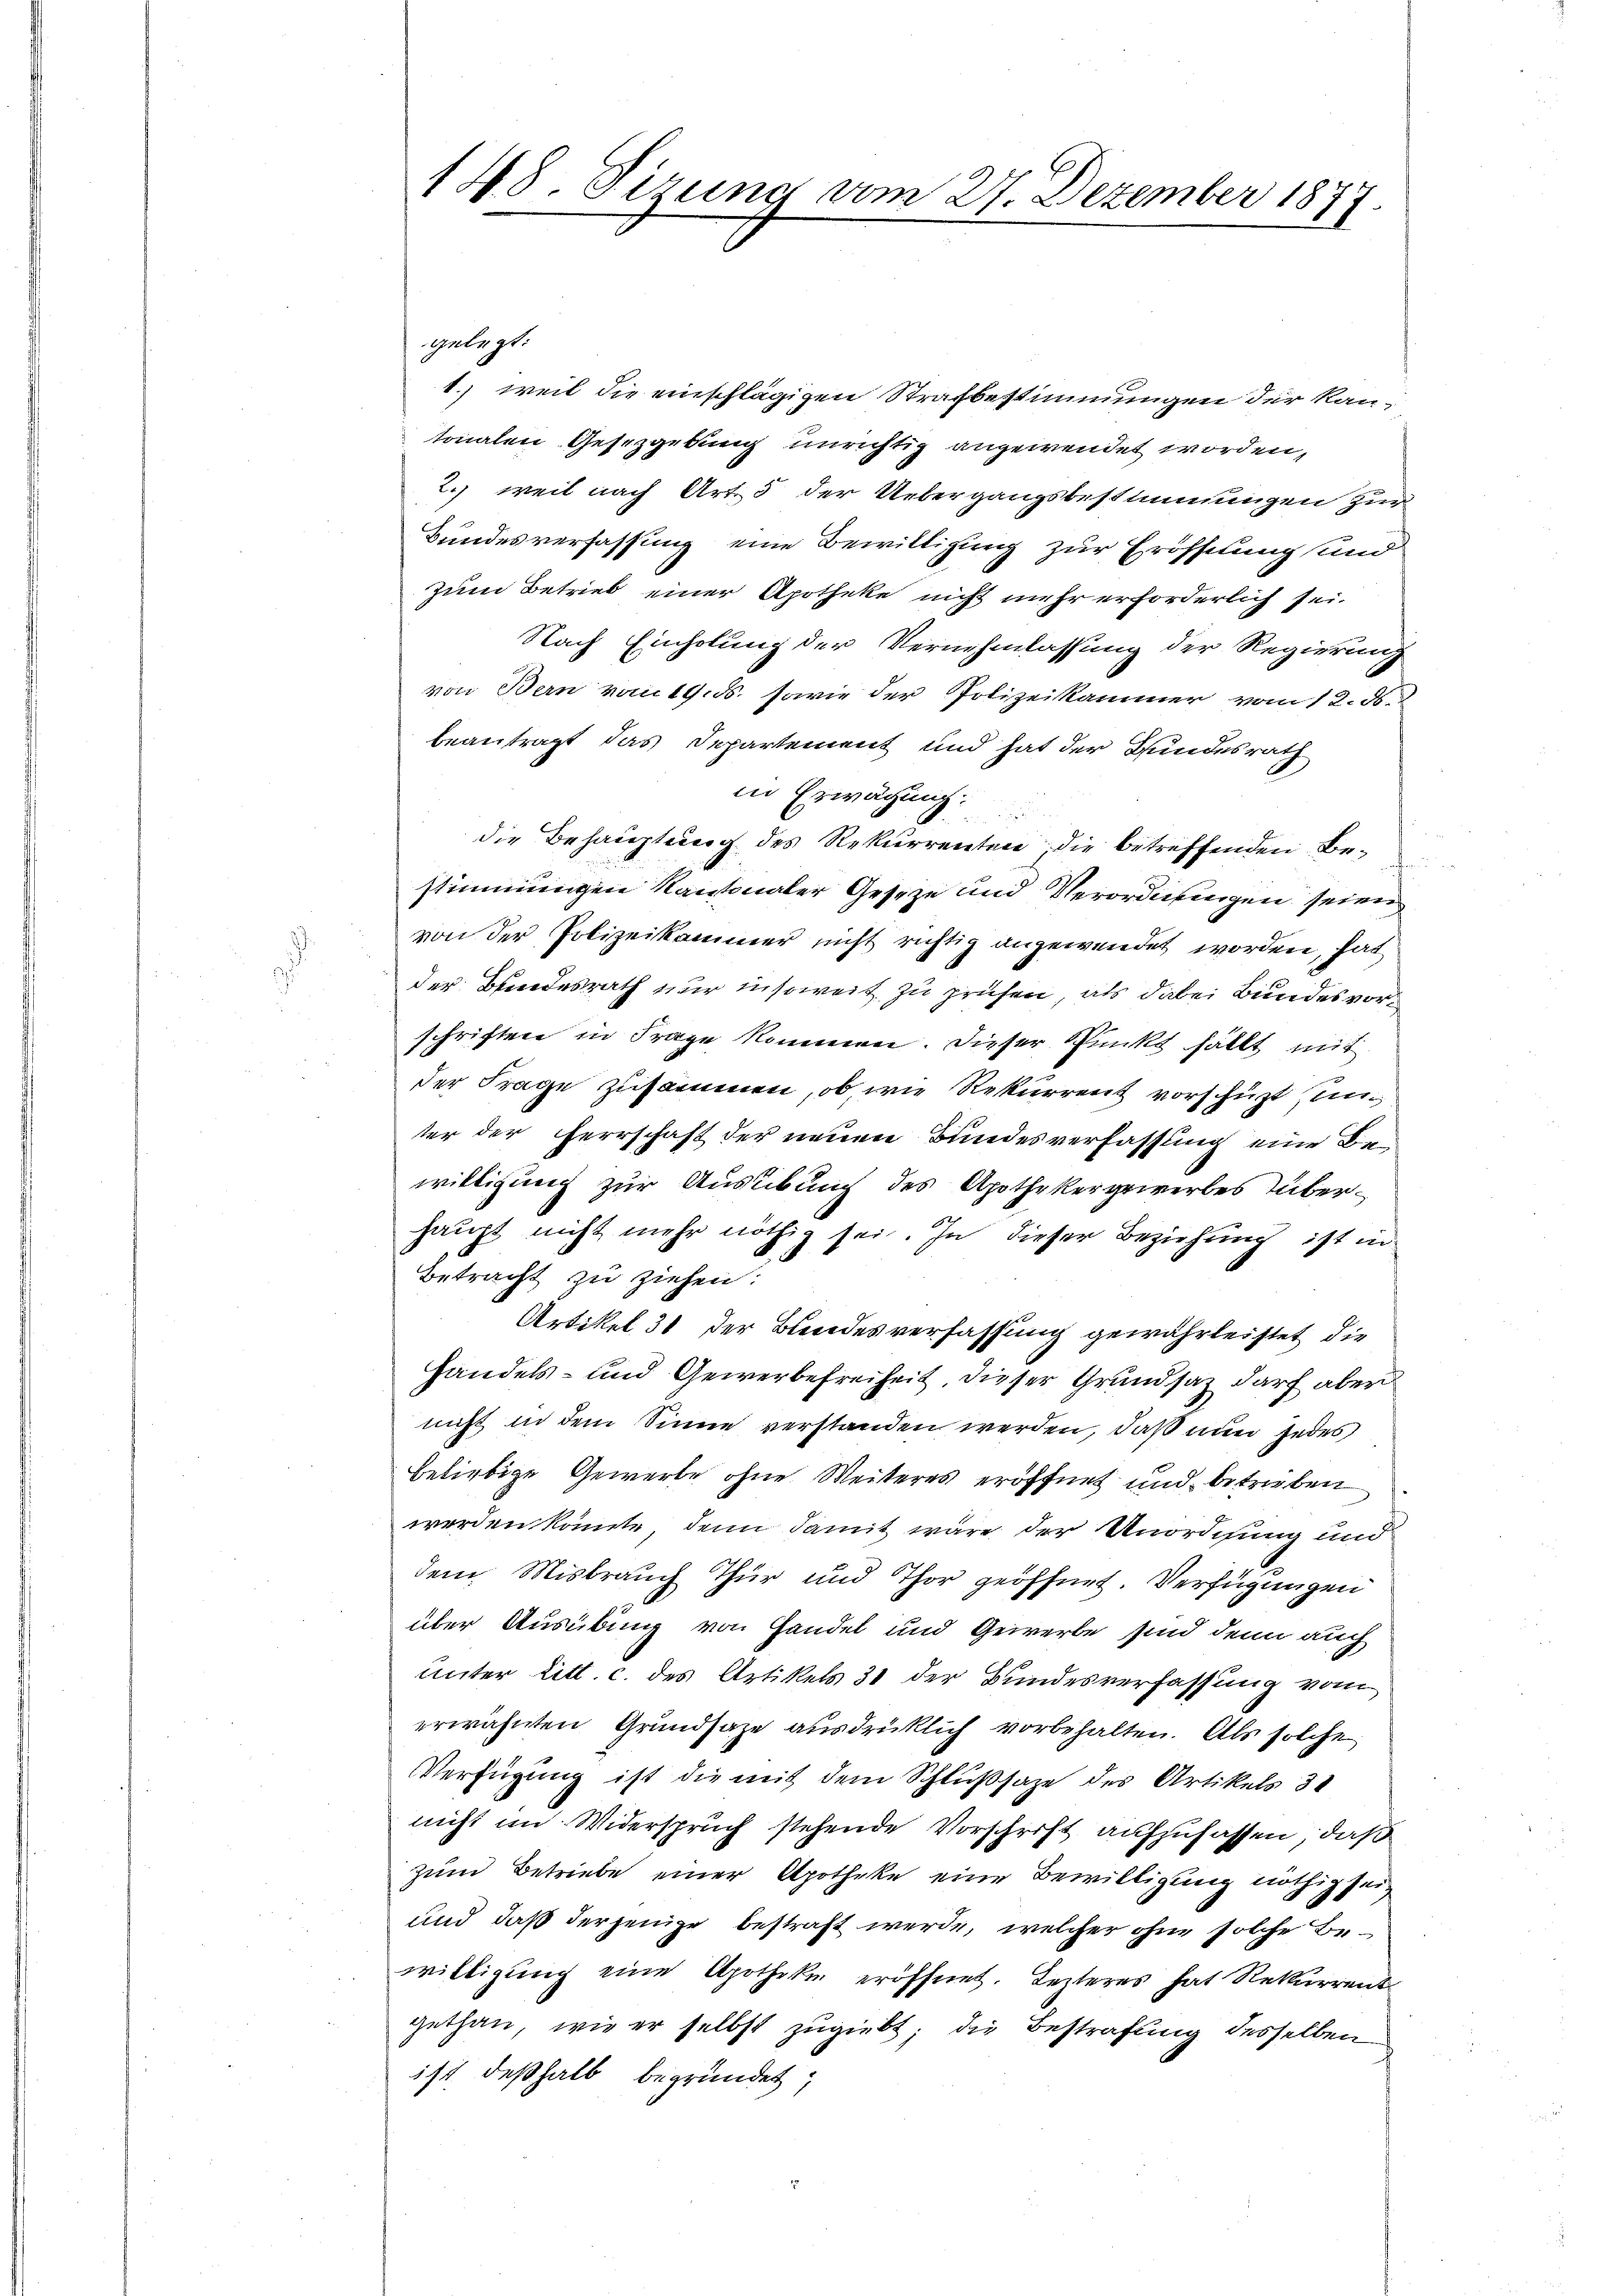
148. Sirung am 27. Dezember 1877
1

gelegt:
1.) weil die einschlägigen Strafbestimmungen der Kantonalen Gesetzgebung unrichtig angewendet worden,
2.) weil nach Art. 5 der Uebergangsbestimmungen zur
Bundesverfassung eine Bewilligung zur Eröffnung und
zum Betrieb einer Apotheke nicht mehr erforderlich sei.
Nach Einholung der Vernehmlassung der Regierung
von Bern vom 19. ds. sowie der Polizeikammer vom 12. ds.
beantragt das Departement und hat der Bundesrath
in Erwächung
die Behauptung des Rekurrenten, die betreffenden Bestimmungen Kantonaler Geseze und Verordnungen seien
von der Polizeikammer nicht richtig angewendet worden, hat
der Bundesrath nur insoweit zu prüfen, als dabei Bundes vorschriften in Frage kommen. Dieser Punkt fällt mit
der Frage zusammen, ob, wie Rekurrent vorschupt unter der Herrschaft der neuen Bundesverfassung eine Bewilligung zur Ausübung des Apothekergewerbes überhaupt nicht mehr nöthig sei. In dieser Beziehung ist in
Betracht zu ziehen:
Artikel 31 der Blindesverfassung gewährleistet, die
Handels- und Gewerbefreiheit dieser Grundsaz darf aber
nicht in dem Sinne verstanden werden, daß nun jedes
beliebige Gewerbe ohne Weiteres eröffnet und betrieben
werden könnte, denn damit wäre der Unordnung und
dem Misbrauch Thur und Thor geöffnet. Verfügungen
über Ausübung von Handel und Gewerbe sind denn auch
unter Litt. c. des Artikels 31 der Bundesverfassung vom
erwähnten Grundsaze ausdrücklich vorbehalten. Als solche
Verfügung ist die mit dem Schlußsaze des Artikels 31
nicht im Widerspruch stehende Vorschrift aufzufassen, daß
zum Betriebe einer Apotheke eine Bewilligung nöthig sei
und daß derjenige bestraft werde, welcher ohne solche Bewilligung eine Apotheke eröffnet. Lezteres hat Rekurrent
gethan, wie er selbst zugiebt; die Bestrafung desselben
ist deßhalb begründet;